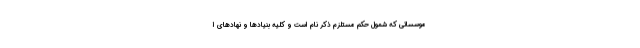
موسساتی که شمول حکم مستلزم ذکر نام است و کلیه بنیادها و نهادهای ا